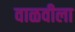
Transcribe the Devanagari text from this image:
वाळवीला